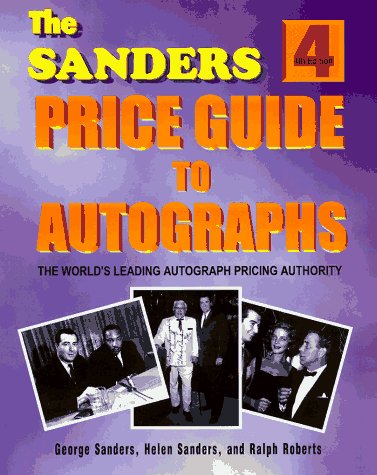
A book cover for The Sanders Price Guide to Autographs: The World's Leading Autograph Pricing Authority; George Sanders; Crafts, Hobbies & Home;